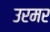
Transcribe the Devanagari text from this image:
उरमर